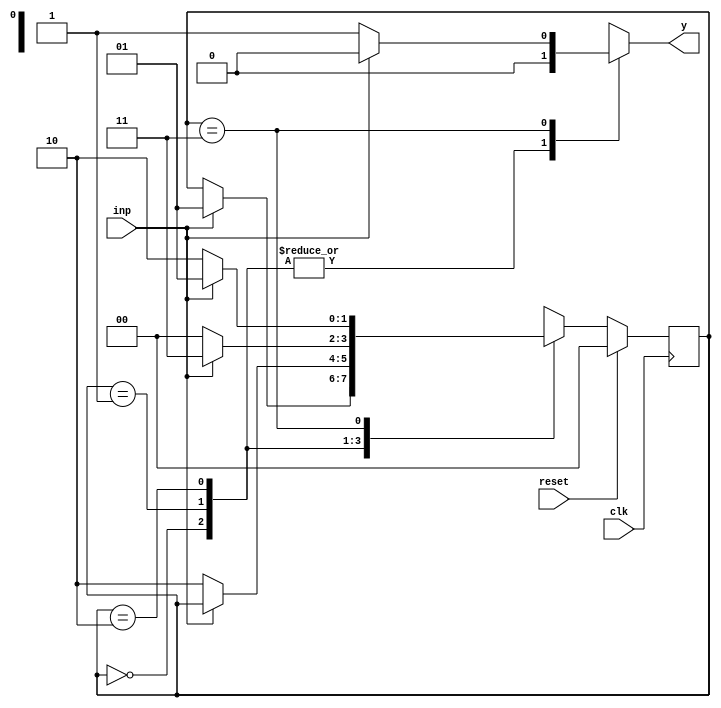
module sequence_detector_mealy1010(inp,clk,reset,y);
input inp,clk,reset;
output reg y;
reg[1:0]present,next;
parameter first=2'b00;
parameter second=2'b01;
parameter third=2'b10;
parameter fourth=2'b11;

always@(posedge clk)
begin
if(reset)
present<=first;
else
present<=next;
end

always@(present or inp)
begin
case(present)
first:if(inp==1)
begin
next=second;
y=0;
end
else
begin
next=present;
y=0;
end

second:if(inp==0)
begin
next=third;
y=0;
end
else
begin
next=present;
y=0;
end

third:if(inp==1)
begin
next=fourth;
y=0;
end
else
begin
next=first;
y=0;
end

fourth:if(inp==0)
begin
y=1;
next=third;
end
else
begin
next=second;
y=0;
end

default:next=first;
endcase
end
endmodule